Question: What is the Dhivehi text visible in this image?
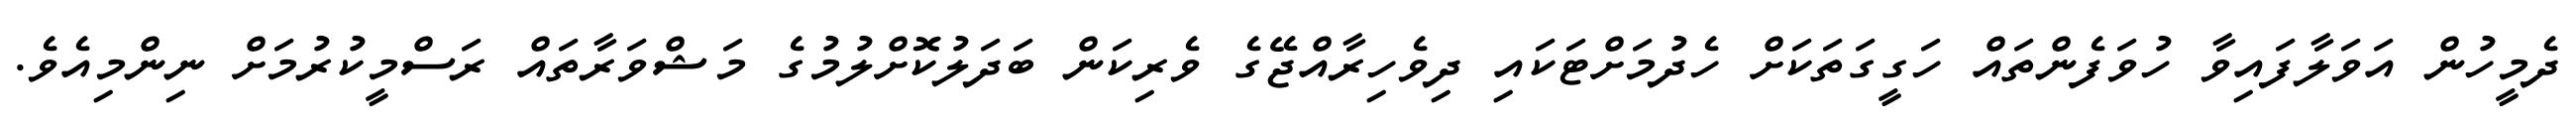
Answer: ދެމީހުން އަވަލާފައިވާ ހުވަފެންތައް ހަގީގަތަކަށް ހެދުމަށްޓަކައި ދިވެހިރާއްޖޭގެ ވެރިކަން ބަދަލުކޮށްލުމުގެ މަޝްވަރާތައް ރަސްމީކުރުމަށް ނިންމިއެވެ.